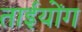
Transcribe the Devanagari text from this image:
ताईयोंग